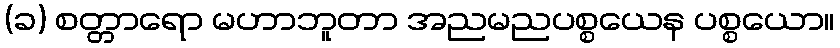
(ခ) စတ္တာရော မဟာဘူတာ အညမညပစ္စယေန ပစ္စယော။